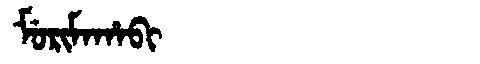
Manchu: ᠮᡠᡵᡳᠮᠠᡥᠠᠪᡳ
Romanization: MURIMAHABI